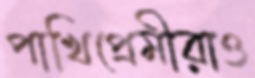
পাখিপ্রেমীরাও